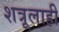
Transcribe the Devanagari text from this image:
शत्रूलाही